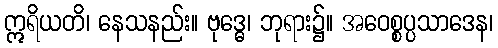
ဣရိယတိ၊ နေသနည်း။ ဗုဒ္ဓေ၊ ဘုရား၌။ အဝေစ္စပ္ပသာဒေန၊